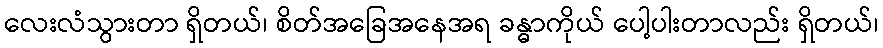
လေးလံသွားတာ ရှိတယ်၊ စိတ်အခြေအနေအရ ခန္ဓာကိုယ် ပေါ့ပါးတာလည်း ရှိတယ်၊